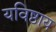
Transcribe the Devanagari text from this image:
यविष्ठाय